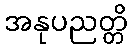
အနုပညတ္တိ